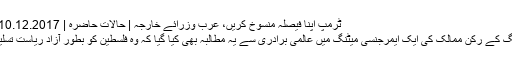
ٹرمپ اپنا فیصلہ منسوخ کریں، عرب وزرائے خارجہ | حالات حاضرہ | DW | 10.12.2017
عرب لیگ کے رکن ممالک کی ایک ایمرجنسی میٹنگ میں عالمی برادری سے یہ مطالبہ بھی کیا گیا کہ وہ فلسطین کو بطور آزاد ریاست تسلیم کرے۔